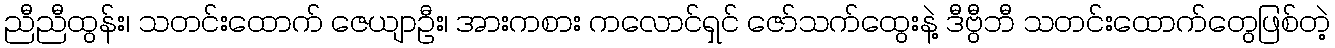
ညီညီထွန်း၊ သတင်းထောက် ဇေယျာဦး၊ အားကစား ကလောင်ရှင် ဇော်သက်ထွေးနဲ့ ဒီဗွီဘီ သတင်းထောက်တွေဖြစ်တဲ့